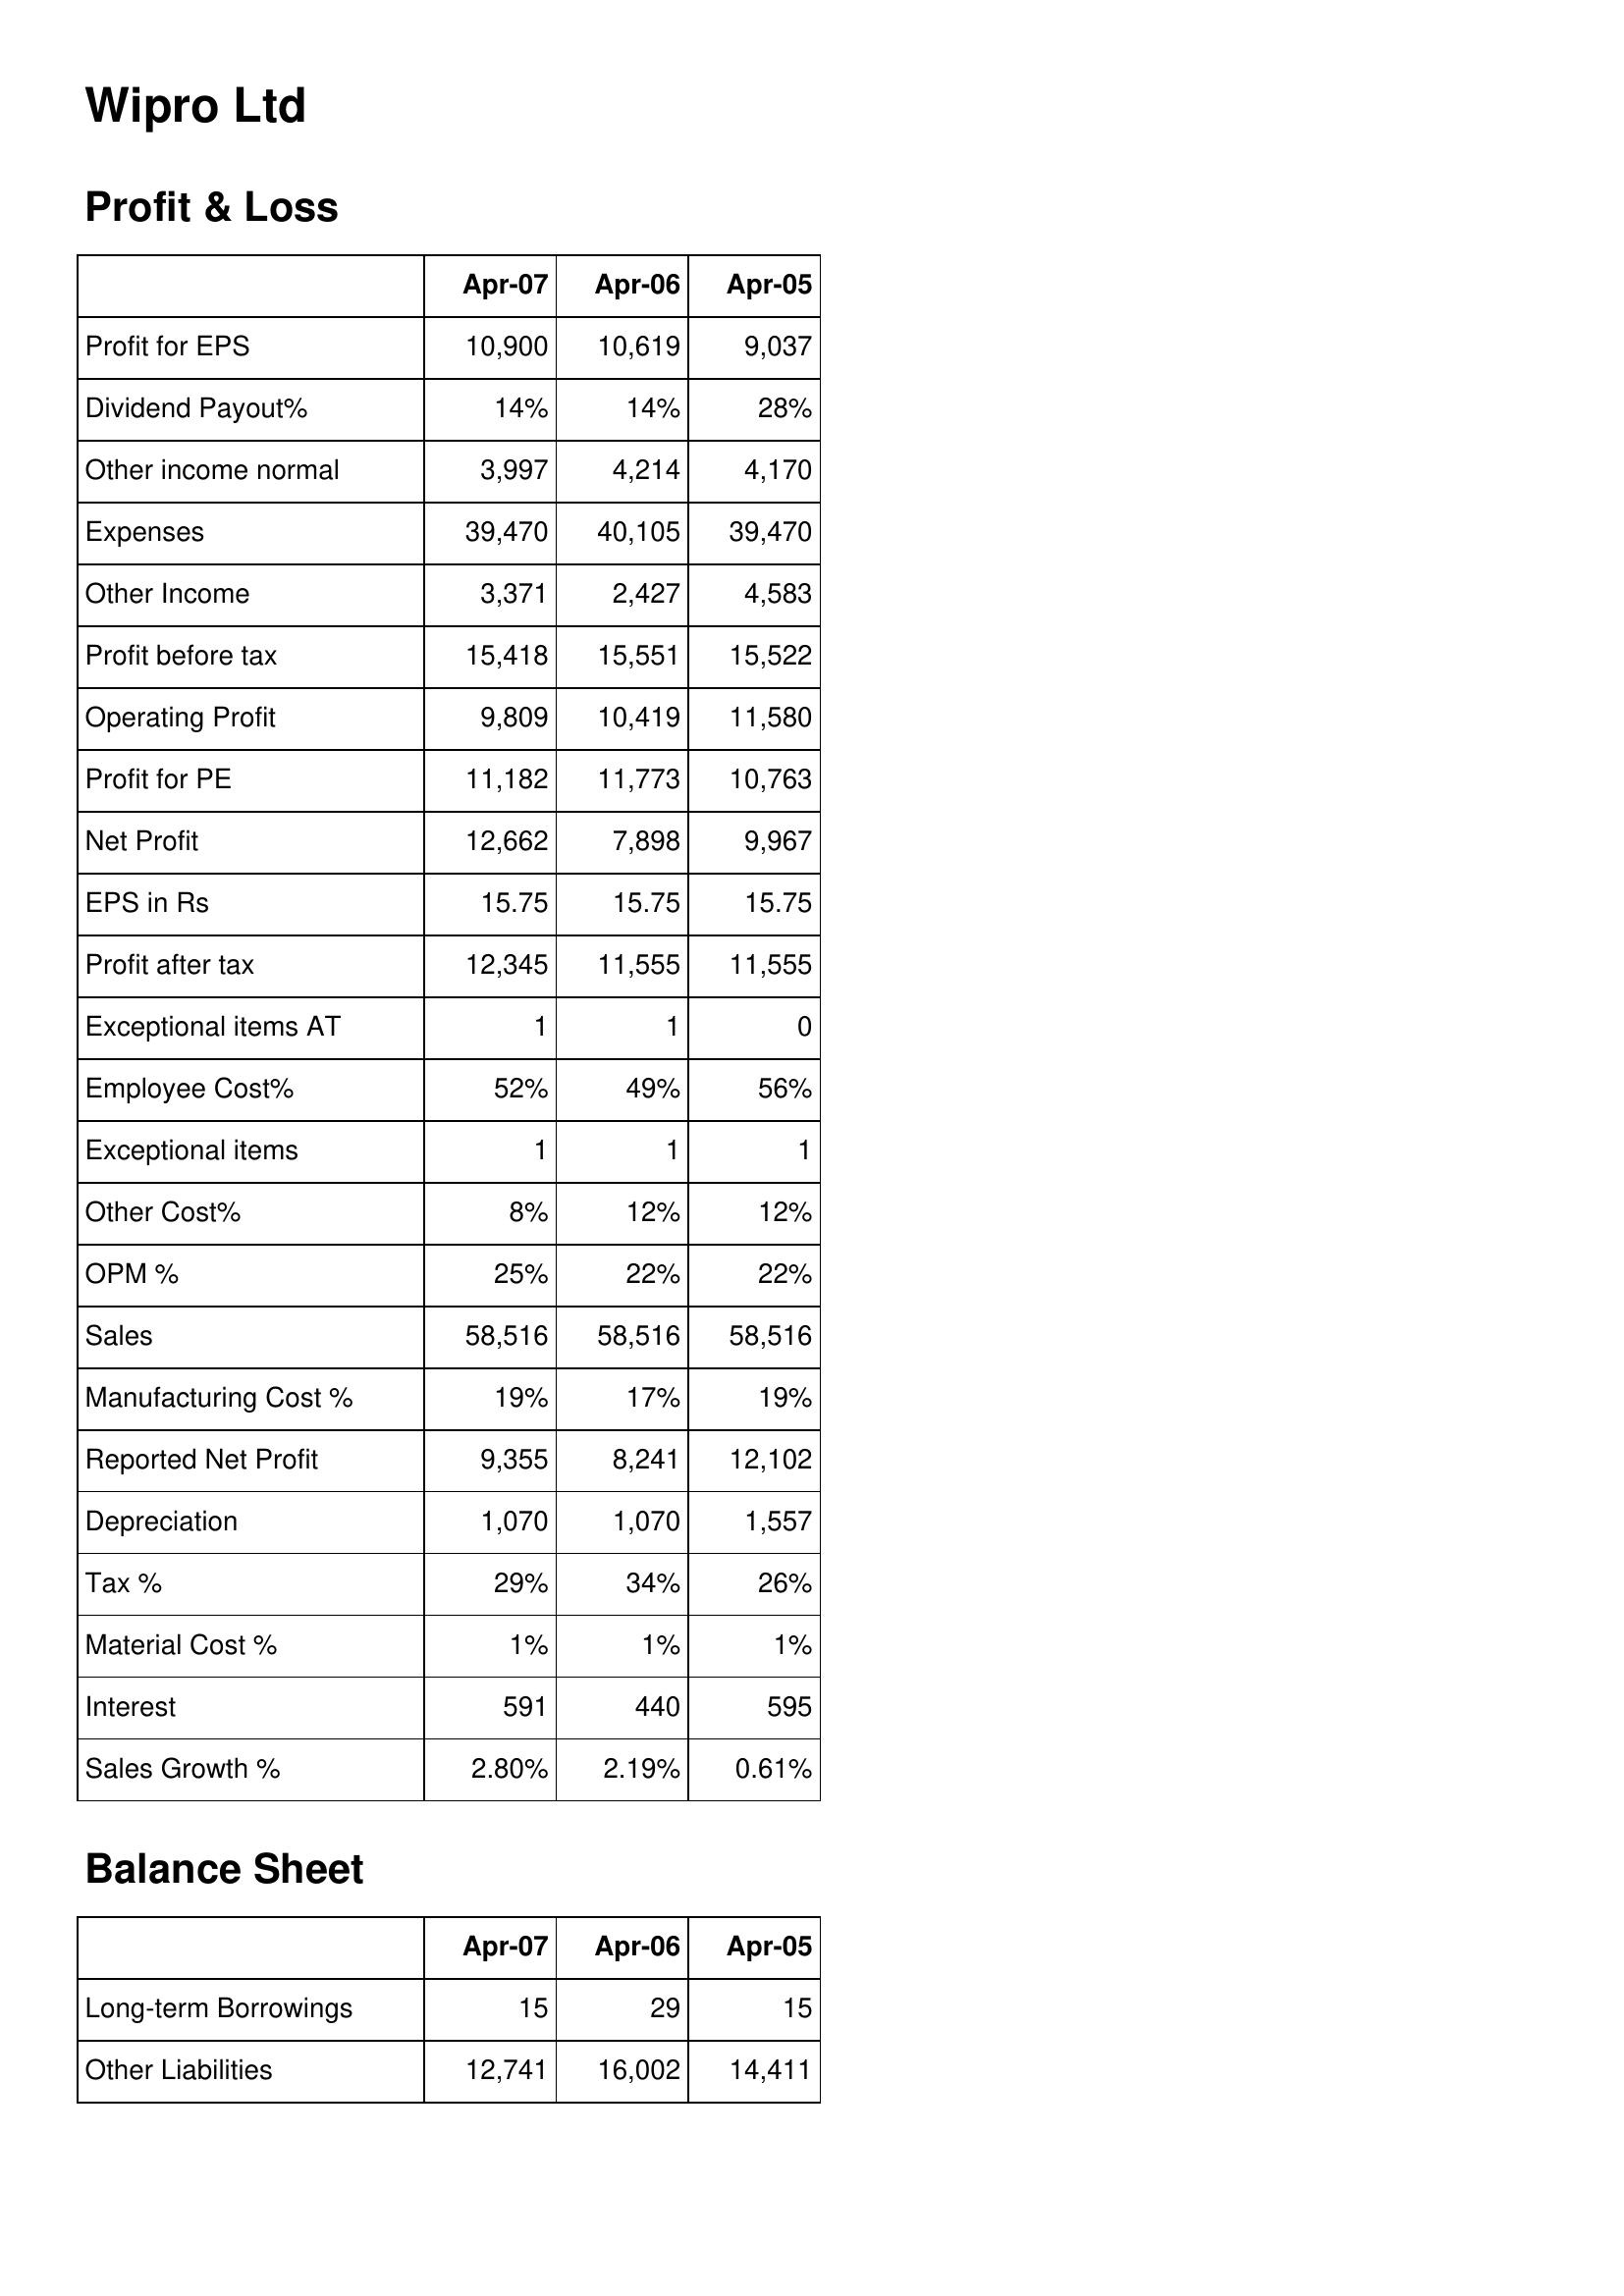
Apr-07: Profit & Loss: Profit for EPS: 10,900
Dividend Payout%: 14%
Other income normal: 3,997
Expenses: 39,470
Other Income: 3,371
Profit before tax: 15,418
Operating Profit: 9,809
Profit for PE: 11,182
Net Profit: 12,662
EPS in Rs: 15.75
Profit after tax: 12,345
Exceptional items AT: 1
Employee Cost%: 52%
Exceptional items: 1
Other Cost%: 8%
OPM %: 25%
Sales: 58,516
Manufacturing Cost %: 19%
Reported Net Profit: 9,355
Depreciation: 1,070
Tax %: 29%
Material Cost %: 1%
Interest: 591
Sales Growth %: 2.80%
Balance Sheet: Long-term Borrowings: 15
Other Liabilities: 12,741
Apr-06: Profit & Loss: Profit for EPS: 10,619
Dividend Payout%: 14%
Other income normal: 4,214
Expenses: 40,105
Other Income: 2,427
Profit before tax: 15,551
Operating Profit: 10,419
Profit for PE: 11,773
Net Profit: 7,898
EPS in Rs: 15.75
Profit after tax: 11,555
Exceptional items AT: 1
Employee Cost%: 49%
Exceptional items: 1
Other Cost%: 12%
OPM %: 22%
Sales: 58,516
Manufacturing Cost %: 17%
Reported Net Profit: 8,241
Depreciation: 1,070
Tax %: 34%
Material Cost %: 1%
Interest: 440
Sales Growth %: 2.19%
Balance Sheet: Long-term Borrowings: 29
Other Liabilities: 16,002
Apr-05: Profit & Loss: Profit for EPS: 9,037
Dividend Payout%: 28%
Other income normal: 4,170
Expenses: 39,470
Other Income: 4,583
Profit before tax: 15,522
Operating Profit: 11,580
Profit for PE: 10,763
Net Profit: 9,967
EPS in Rs: 15.75
Profit after tax: 11,555
Exceptional items AT: 0
Employee Cost%: 56%
Exceptional items: 1
Other Cost%: 12%
OPM %: 22%
Sales: 58,516
Manufacturing Cost %: 19%
Reported Net Profit: 12,102
Depreciation: 1,557
Tax %: 26%
Material Cost %: 1%
Interest: 595
Sales Growth %: 0.61%
Balance Sheet: Long-term Borrowings: 15
Other Liabilities: 14,411